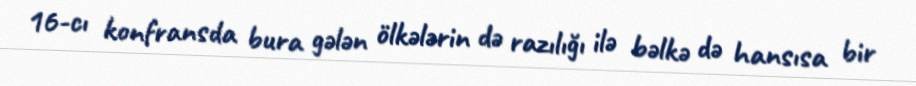
16-cı konfransda bura gələn ölkələrin də razılığı ilə bəlkə də hansısa bir